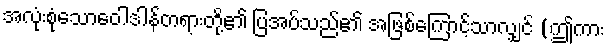
အလုံးစုံသောဝေါဒါန်တရားတို့၏ ပြအပ်သည်၏ အဖြစ်ကြောင့်သာလျှင် (ဤကား